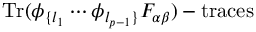
\mathrm { T r } ( \phi _ { \{ l _ { 1 } } \cdots \phi _ { l _ { p - 1 } \} } F _ { \alpha \beta } ) - \mathrm { t r a c e s }